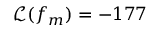
\mathcal { L } ( f _ { m } ) = - 1 7 7